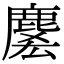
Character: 𪊱